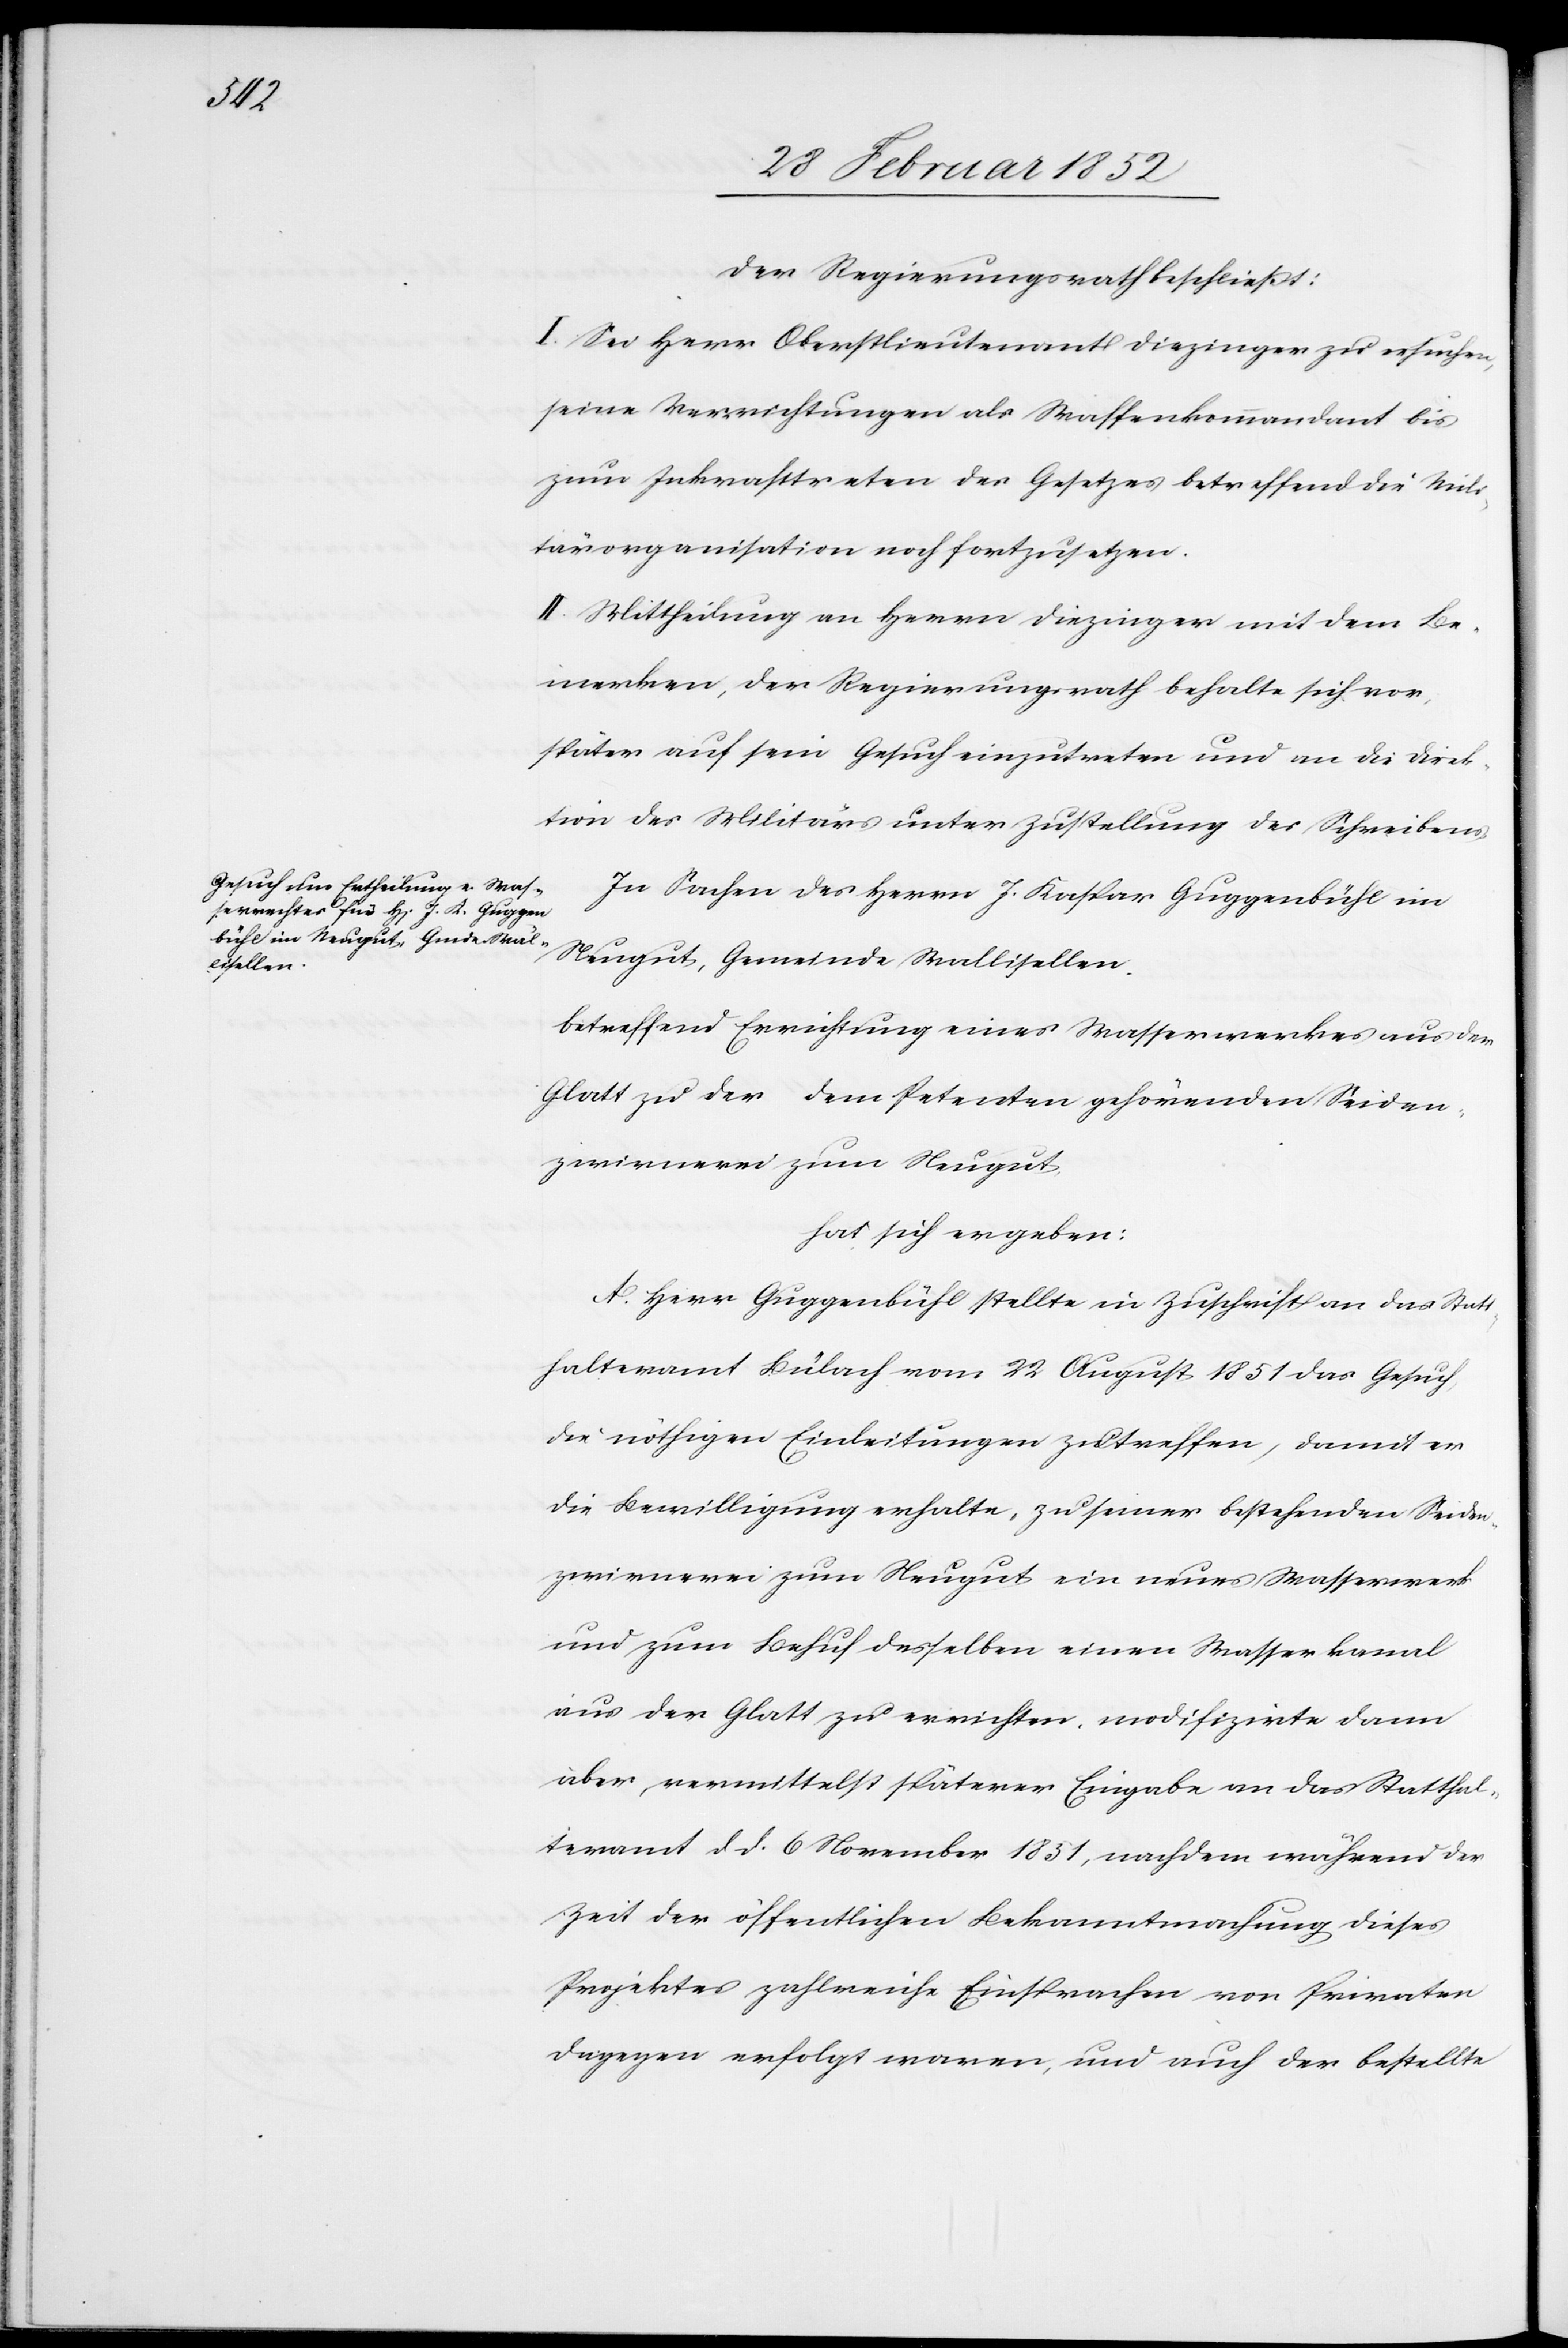
Der Regierungsrath beschließt:
I. Sei Herr Oberstlieutenant Diezinger zu ersuchen,
seine Verrichtungen als Waffenkommandant bis
zum Inkrafttreten des Gesetzes betreffend die Mili¬
tärorganisation noch fortzusetzen.
II. Mittheilung an Herrn Diezinger mit dem Be¬
merken, der Regierungsrath behalte sich vor,
später auf sein Gesuch einzutreten und an die Direk¬
tion des Militärs unter Zustellung des Schreibens.
In Sachen des Herrn J. Kaspar Guggenbühl im
Neugut, Gemeinde Wallisellen
betreffend Errichtung eines Wasserwerkes aus der
Glatt zu der dem Petenten gehörenden Seiden¬
zwirnerei zum Neugut
hat sich ergeben:
A. Herr Guggenbühl stellte in Zuschrift an das Stat¬
thalteramt Bülach vom 22 August 1851 das Gesuch,
die nöthigen Einleitungen zu treffen, damit er
die Bewilligung erhalte, zu seiner bestehenden Seiden¬
zwirnerei zum Neugut ein neues Wasserwerk
und zum Behuf desselben einen Wasserkanal
aus der Glatt zu errichten, modifizierte dann
aber vermittelst späterer Eingabe an das Statthal¬
teramt dd. 6 November 1851, nachdem während der
Zeit der öffentlichen Bekanntmachung dieses
Projektes zahlreiche Einsprachen von Privaten
dagegen erfolgt waren, und auch der bestellte